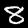
Digit: 8